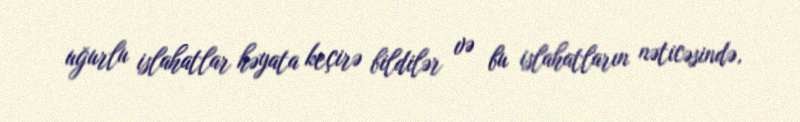
uğurlu islahatlar həyata keçirə bildilər və bu islahatların nəticəsində,